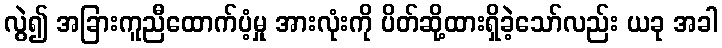
လွဲ၍ အခြားကူညီထောက်ပံ့မှု အားလုံးကို ပိတ်ဆို့ထားရှိခဲ့သော်လည်း ယခု အခါ